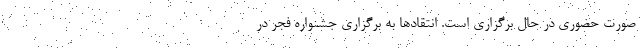
صورت حضوری در حال برگزاری است. انتقاد‌ها به برگزاری جشنواره فجر در